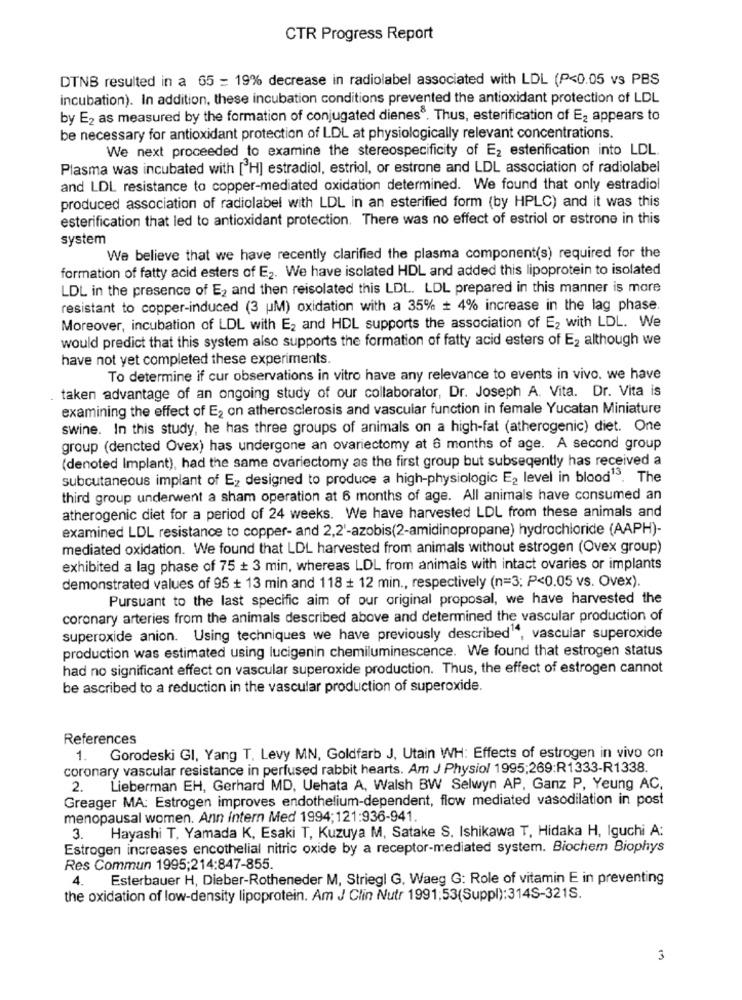
CTR Progress Report
DTNB resulted in a 65 = 19% decrease in radiolabel associated with LDL (P<0.05 vs PBS
incubation). In addition, these incubation conditions prevented the antioxidant protection of LDL
by E2 as measured by the formation of conjugated dienes®. Thus, esterification of E2 appears to
be necessary for antioxidant protection of LDL at physiologically relevant concentrations.
We next proceeded to examine the stereospecificity of E2 esterification into LDL.
Plasma was incubated with [H] estradiol, estriol, or estrone and LDL association of radiolabel
and LDL resistance to copper-mediated oxidation determined. We found that only estradiol
produced association of radiolabel with LDL in an esterified form (by HPLC) and it was this
esterification that led to antioxidant protection. There was no effect of estriol or estrone in this
system
We believe that we have recently clarified the plasma component(s) required for the
formation of fatty acid esters of E2. We have isolated HDL and added this lipoprotein to isolated
LDL in the presence of E2 and then reisolated this LDL. LDL prepared in this manner is more
resistant to copper-induced (3 uM) oxidation with a 35% + 4% increase in the lag phase.
Moreover, incubation of LDL with E2 and HDL supports the association of E2 with LDL. We
would predict that this system also supports the formation of fatty acid esters of E2 although we
have not yet completed these experiments.
To determine if cur observations in vitro have any relevance to events in vivo. we have
taken advantage of an ongoing study of our collaborator, Dr. Joseph A. Vita. Dr. Vita is
examining the effect of E2 on atherosclerosis and vascular function in female Yucatan Miniature
swine. In this study, he has three groups of animals on a high-fat (atherogenic) diet. One
group (dencted Ovex) has undergone an ovariectomy at 6 months of age. A second group
(denoted Implant), had the same ovariectomy as the first group but subseqently has received a
subcutaneous implant of E2 designed to produce a high-physiologic E2 level in blood13. The
third group underwent a sham operation at 6 months of age. All animals have consumed an
atherogenic diet for a period of 24 weeks. We have harvested LDL from these animals and
examined LDL resistance to copper- and 2,2'-azobis(2-amidinopropane) hydrochloride (AAPH)-
mediated oxidation. We found that LDL harvested from animals without estrogen (Ovex group)
exhibited a lag phase of 75 + 3 min, whereas LDL from animals with intact ovaries or implants
demonstrated values of 95 + 13 min and 118 + 12 min ., respectively (n=3; P<0.05 vs. Ovex).
Pursuant to the last specific aim of our original proposal, we have harvested the
coronary arteries from the animals described above and determined the vascular production of
superoxide anion. Using techniques we have previously described", vascular superoxide
production was estimated using lucigenin chemiluminescence. We found that estrogen status
had no significant effect on vascular superoxide production. Thus, the effect of estrogen cannot
be ascribed to a reduction in the vascular production of superoxide.
References
1. Gorodeski GI, Yang T. Levy MN, Goldfarb J, Utain WH: Effects of estrogen in vivo on
coronary vascular resistance in perfused rabbit hearts. Am J Physiol 1995;269:R1333-R1338.
2.
Lieberman EH, Gerhard MD, Uehata A, Walsh BW Selwyn AP, Ganz P, Yeung AC.
Greager MA: Estrogen improves endothelium-dependent, flow mediated vasodilation in post
menopausal women. Ann intern Med 1994;121:936-941.
Hayashi T, Yamada K, Esaki T, Kuzuya M, Satake S. Ishikawa T, Hidaka H, Iguchi A:
3.
Estrogen increases encothelial nitric oxide by a receptor-mediated system. Biochem Biophys
Res Commun 1995;214:847-855.
4.
Esterbauer H, Dieber-Rotheneder M, Striegl G, Waeg G: Role of vitamin E in preventing
the oxidation of low-density lipoprotein. Am J Clin Nutr 1991:53(Suppl):314S-321S.
3